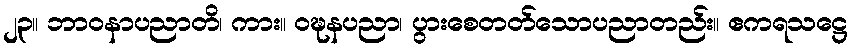
၂၃။ ဘာဝနာပညာတိ၊ ကား။ ဝဍ္ဎနပညာ၊ ပွားစေတတ်သောပညာတည်း။ ဧကရသဋ္ဌေ